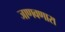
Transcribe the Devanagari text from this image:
जाणवणारा